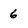
Character: 6